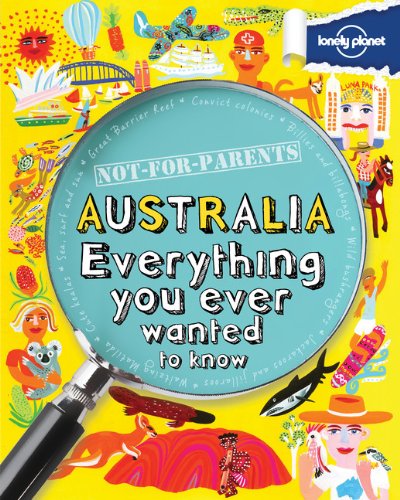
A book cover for Not For Parents Australia: Everything You Ever Wanted to Know (Lonely Planet Not for Parents); Lonely Planet; Children's Books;